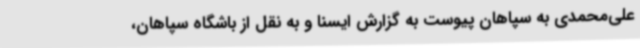
علی‌محمدی به سپاهان پیوست به گزارش ایسنا و به نقل از باشگاه سپاهان،